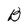
Character: B